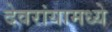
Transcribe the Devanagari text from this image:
देवरांयामध्ये